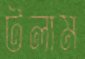
টলাম